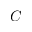
C